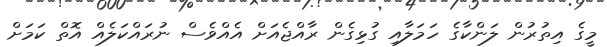
މީގެ އިތުރުން ލަންކާގެ ހަމަލާއި ގުޅިގެން ރާއްޖެއަށް އެއްވެސް ނުރައްކަލެއް އޮތް ކަމަށް